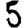
Digit: 5